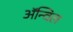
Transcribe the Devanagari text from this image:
अॅन्विल